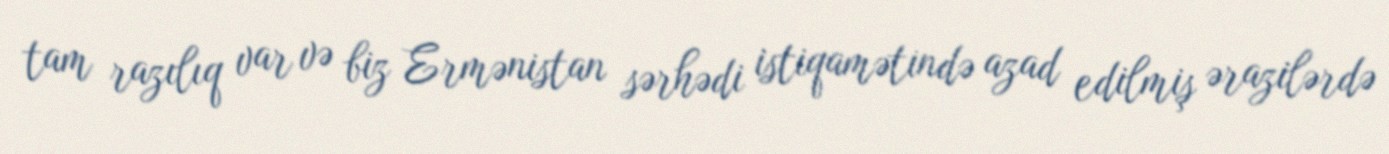
tam razılıq var və biz Ermənistan sərhədi istiqamətində azad edilmiş ərazilərdə